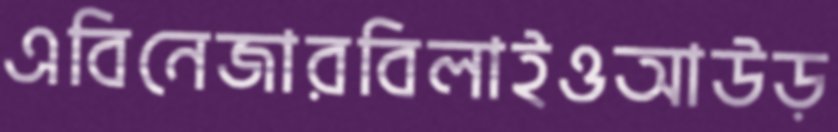
এবিনেজারবিলাইওআউড়